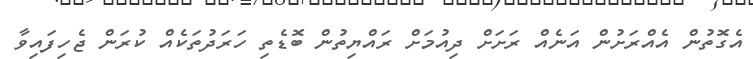
އެގޮތުން އެއްރަށުން އަނެއް ރަށަށް ދިއުމަށް ރައްޔިތުން ބޮޑެތި ހަރަދުތަކެއް ކުރަން ޖެހިފައިވާ